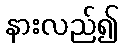
နားလည်၍